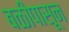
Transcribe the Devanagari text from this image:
बळीपासून